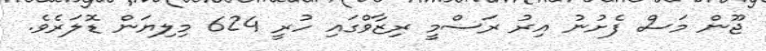
ޖޫން މަސް ފެށުނު އިރު ރަސްމީ ރިޒާވްގައި ހުރީ 624 މިލިޔަން ޑޮލަރެވެ.